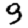
Digit: 9